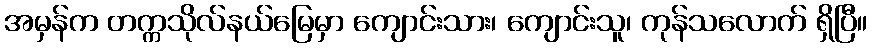
အမှန်က တက္ကသိုလ်နယ်မြေမှာ ကျောင်းသား၊ ကျောင်းသူ၊ ကုန်သလောက် ရှိပြီ။